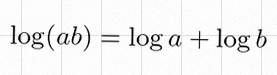
\log(ab)=\log a+\log b